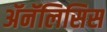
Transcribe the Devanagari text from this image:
ॲनॅलिसिस